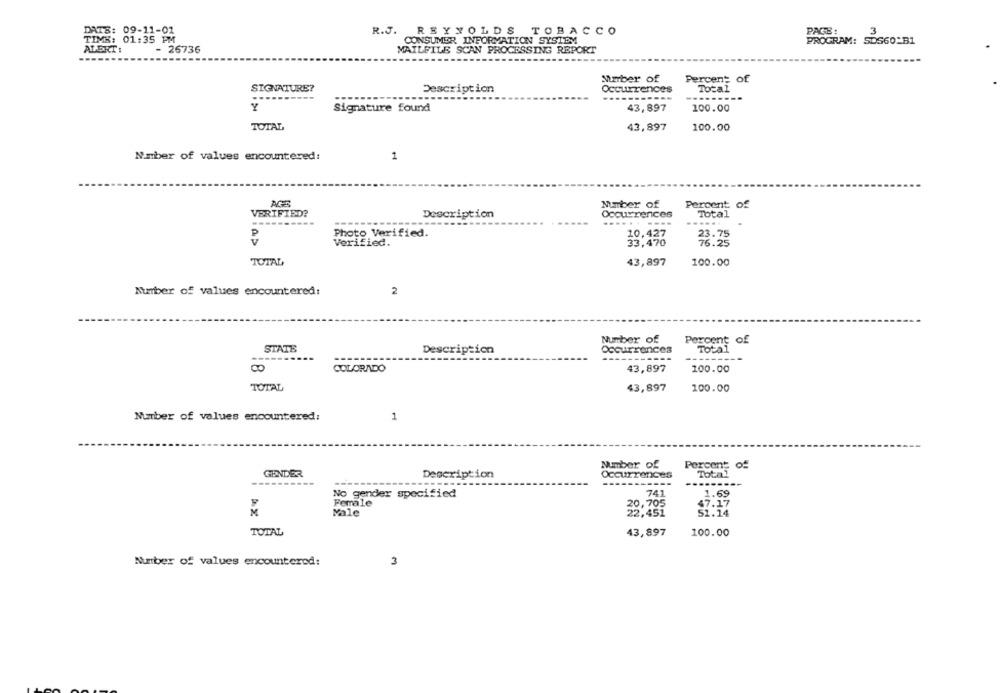
DATE: 09-11-01
R.J. REYNOLDS TOBACCO
PAGE:
3
TIME: 01:35 PM
CONSUMER INFORMATION SYSTEM
PROGRAM: SOS60_B1
ALERT:
- 26736
MAILFILE SCAN PROCESSING REPORT
Marber of
Percent of
SIGNATURE?
Description
Occurrences
Total
---------
Y
Signature found
43,897
100.00
TOTAL
43,897
100.00
Number of values encountered:
1
Mmber of
Percent of
VERIFIED?
Description
Occurrences
Total
--------.
P
Photo Verified.
10,427
23.75
Verified.
33,470
76.25
TOTAL
43,897
100.00
Number of values encountered:
2
Number of
Percent of
STATE
Description
Occurrences
------
------
00
COLORADO
43,897
100.00
TOTAL
43,897
100.00
Number of values encountered:
1
Mumber of
Percent of
GENDER
Description
Occurrences
Total
----------
741
No gender specified
1.69
Female
20,705
47.17
Male
22,451
51.14
TOTAL
43,897
100.00
Number of values encountered:
3